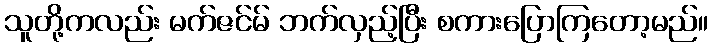
သူတို့ကလည်း မက်ဇင်မ် ဘက်လှည့်ပြီး စကားပြောကြတော့မည်။